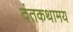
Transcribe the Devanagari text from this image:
दंतकथामय